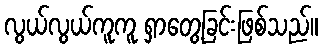
လွယ်လွယ်ကူကူ ရှာတွေ့ခြင်းဖြစ်သည်။